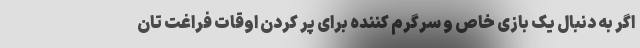
اگر به دنبال یک بازی خاص و سرگرم کننده برای پر کردن اوقات فراغت تان